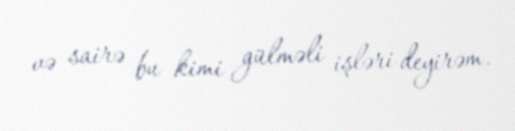
və sairə bu kimi gülməli işləri deyirəm.